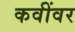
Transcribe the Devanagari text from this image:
कवींवर